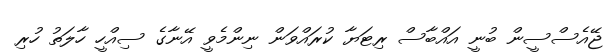
ޖޭއެސްސީން ބުނީ އައްބާސް ރިޓަޔާ ކުރައްވަން ނިންމެވީ އޭނާގެ ސިއްހީ ހާލަތު ހުރި